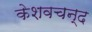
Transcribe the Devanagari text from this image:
केशवचन्द